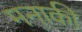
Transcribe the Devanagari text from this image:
मनाकी